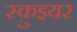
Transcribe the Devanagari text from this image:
स्क़ुइयर